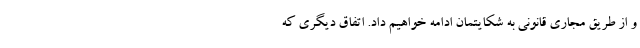
و از طریق مجاری قانونی به شکایتمان ادامه خواهیم داد. اتفاق دیگری که